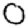
Digit: 0